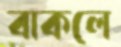
বাকলে